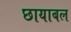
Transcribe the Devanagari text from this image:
छायाबल